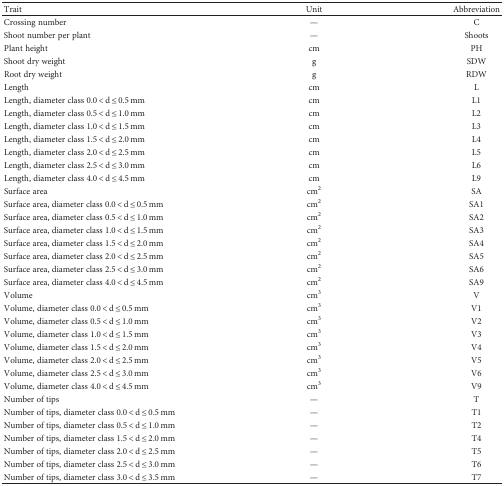
| Trait | Unit | Abbreviation |
 | --- | --- | --- |
 | Crossing number | — | C |
 | Shoot number per plant | — | Shoots |
 | Plant height | cm | PH |
 | Shoot dry weight | g | SDW |
 | Root dry weight | g | RDW |
 | Length | cm | L |
 | Length, diameter class 0.0 < d ≤ 0.5 mm | cm | L1 |
 | Length, diameter class 0.5 < d ≤ 1.0 mm | cm | L2 |
 | Length, diameter class 1.0 < d ≤ 1.5 mm | cm | L3 |
 | Length, diameter class 1.5 < d ≤ 2.0 mm | cm | L4 |
 | Length, diameter class 2.0 < d ≤ 2.5 mm | cm | L5 |
 | Length, diameter class 2.5 < d ≤ 3.0 mm | cm | L6 |
 | Length, diameter class 4.0 < d ≤ 4.5 mm | cm | L9 |
 | Surface area | cm2 | SA |
 | Surface area, diameter class 0.0 < d ≤ 0.5 mm | cm2 | SA1 |
 | Surface area, diameter class 0.5 < d ≤ 1.0 mm | cm2 | SA2 |
 | Surface area, diameter class 1.0 < d ≤ 1.5 mm | cm2 | SA3 |
 | Surface area, diameter class 1.5 < d ≤ 2.0 mm | cm2 | SA4 |
 | Surface area, diameter class 2.0 < d ≤ 2.5 mm | cm2 | SA5 |
 | Surface area, diameter class 2.5 < d ≤ 3.0 mm | cm2 | SA6 |
 | Surface area, diameter class 4.0 < d ≤ 4.5 mm | cm2 | SA9 |
 | Volume | cm3 | V |
 | Volume, diameter class 0.0 < d ≤ 0.5 mm | cm3 | V1 |
 | Volume, diameter class 0.5 < d ≤ 1.0 mm | cm3 | V2 |
 | Volume, diameter class 1.0 < d ≤ 1.5 mm | cm3 | V3 |
 | Volume, diameter class 1.5 < d ≤ 2.0 mm | cm3 | V4 |
 | Volume, diameter class 2.0 < d ≤ 2.5 mm | cm3 | V5 |
 | Volume, diameter class 2.5 < d ≤ 3.0 mm | cm3 | V6 |
 | Volume, diameter class 4.0 < d ≤ 4.5 mm | cm3 | V9 |
 | Number of tips | — | T |
 | Number of tips, diameter class 0.0 < d ≤ 0.5 mm | — | T1 |
 | Number of tips, diameter class 0.5 < d ≤ 1.0 mm | — | T2 |
 | Number of tips, diameter class 1.5 < d ≤ 2.0 mm | — | T4 |
 | Number of tips, diameter class 2.0 < d ≤ 2.5 mm | — | T5 |
 | Number of tips, diameter class 2.5 < d ≤ 3.0 mm | — | T6 |
 | Number of tips, diameter class 3.0 < d ≤ 3.5 mm | — | T7 |